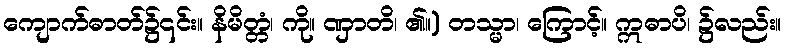
ကျောက်ဓာတ်၌၎င်း။ နိမိတ္တံ၊ ကို။ ဏှာတိ၊ ၏။) တသ္မာ၊ ကြောင့်။ ဣဓာပိ၊ ၌လည်း။